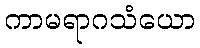
ကာမရာဂသံယော